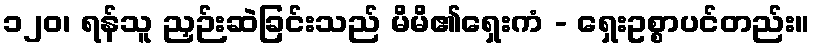
၁၂၀၊ ရန်သူ ညှဉ်းဆဲခြင်းသည် မိမိ၏ရှေးကံ - ရှေးဥစ္စာပင်တည်း။